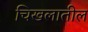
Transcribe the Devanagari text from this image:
चिखलातील